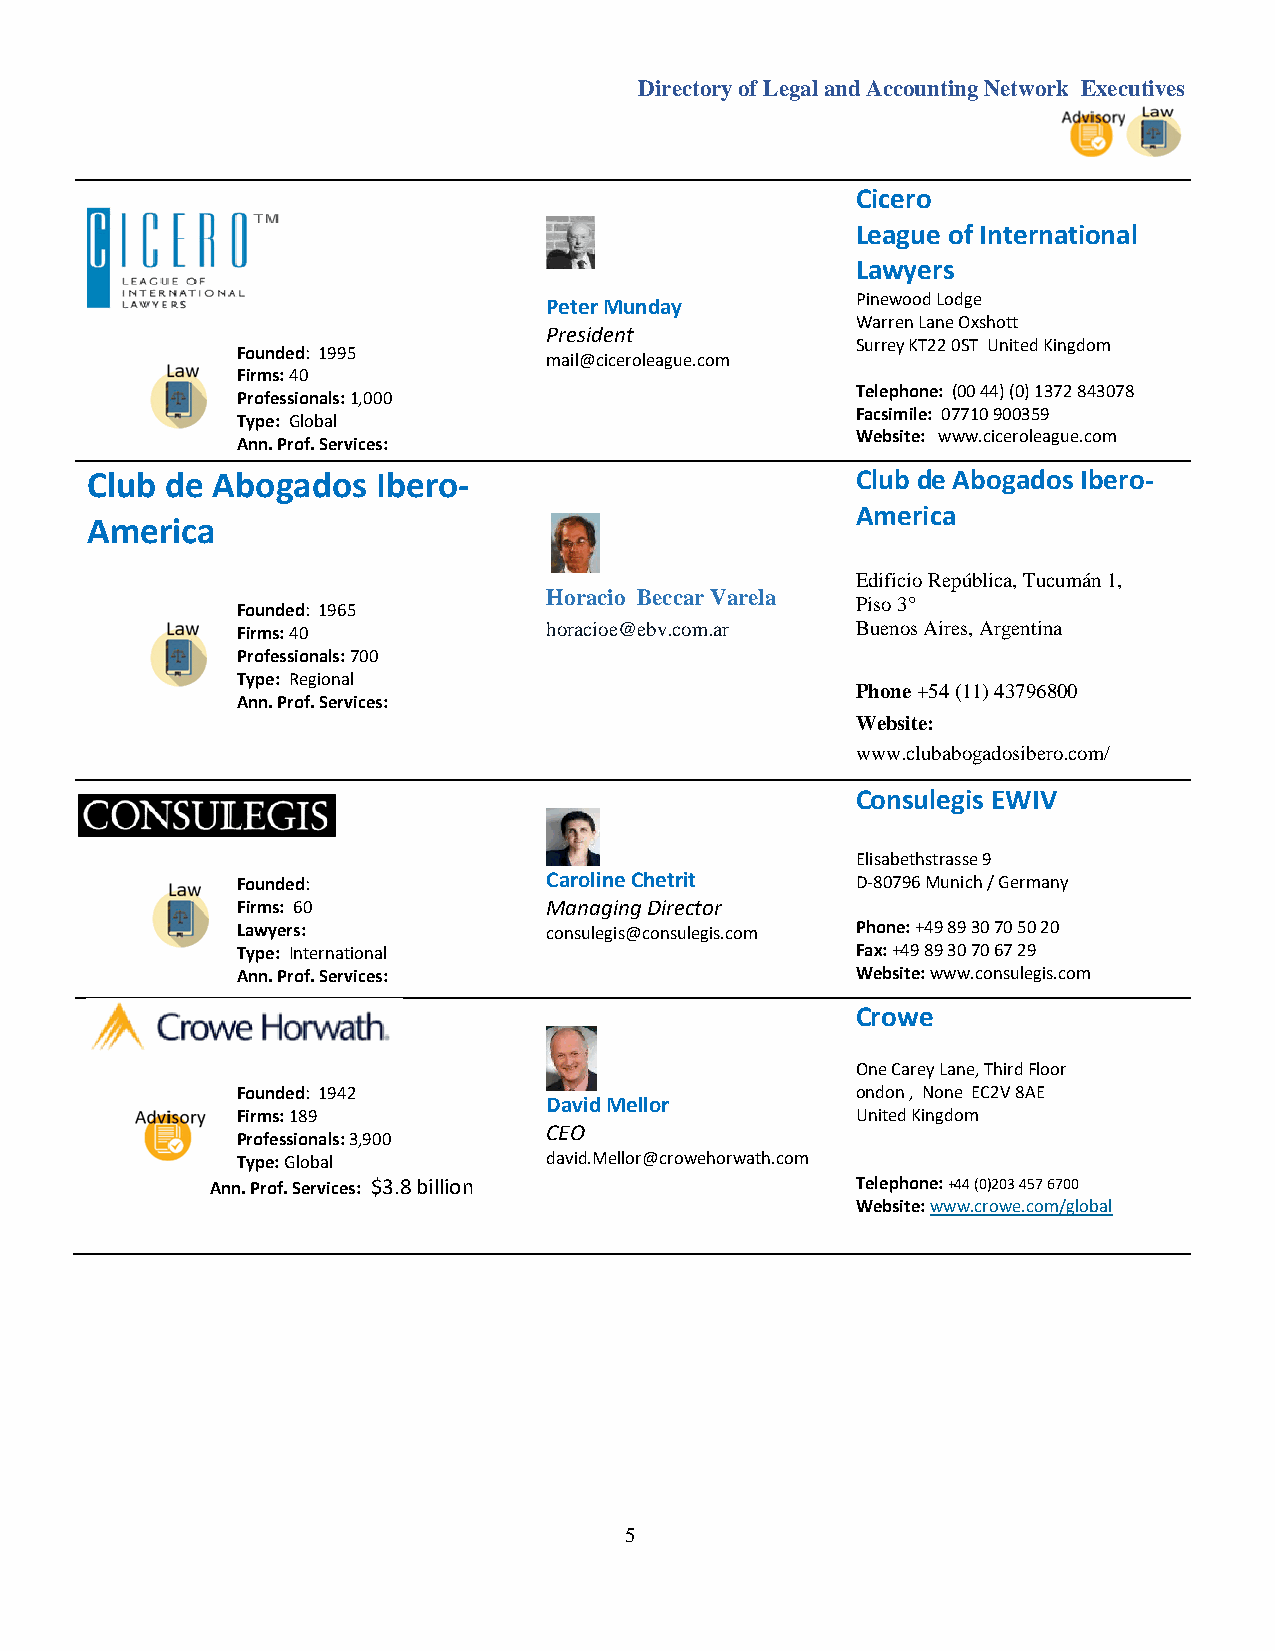
Directory of Legal and Accounting Network Executives
 Cicero
 League of International
 Lawyers
 Peter Munday         Pinewood Lodge
 Warren Lane Oxshott
 President
 Surrey KT22 0ST United Kingdom
 Founded: 1995
 mail@ciceroleague.com
 Firms: 40
 Telephone: (00 44) (0) 1372 843078
 Professionals: 1,000
 Facsimile: 07710 900359
 Type: Global
 Website: www.ciceroleague.com
 Ann. Prof. Services:
 Club de Abogados   Ibero-                          Club de Abogados Ibero-
 America
 America
 Edificio República, Tucumán 1,
 Horacio Beccar Varela
 Piso 3°
 Founded: 1965
 Firms: 40           horacioe@ebv.com.ar  Buenos Aires, Argentina
 Professionals: 700
 Type: Regional
 Phone +54 (11) 43796800
 Ann. Prof. Services:
 Website:
 www.clubabogadosibero.com/
 Consulegis EWIV
 Elisabethstrasse 9
 Founded:            Caroline Chetrit     D-80796 Munich / Germany
 Firms: 60           Managing Director
 Lawyers:            consulegis@consulegis.com Phone: +49 89 30 70 50 20
 Type: International                      Fax: +49 89 30 70 67 29
 Ann. Prof. Services:                     Website: www.consulegis.com
 Crowe
 One Carey Lane, Third Floor
 Founded: 1942                            ondon , None EC2V 8AE
 David Mellor
 Firms: 189                               United Kingdom
 CEO
 Professionals: 3,900
 Type: Global        david.Mellor@crowehorwath.com
 Ann. Prof. Services: $3.8 billion          Telephone: +44 (0)203 457 6700
 Website: www.crowe.com/global
 5